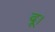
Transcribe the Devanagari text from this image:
दू।